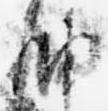
納